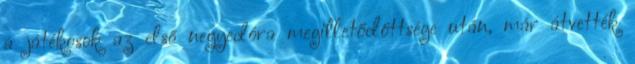
a játékosok az első negyedóra megilletődöttsége után, már átvették